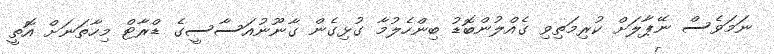
ނަމަވެސް ނޭޕާލަށް ކުރިމަތިވި ގެއްލުންބޮޑު ބިންހެލުމާ ގުޅިގެން ގާނޫނުއަސާސީގެ ޑްރާޓް މިހާތަނަށް އޮތީ